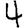
Digit: 4